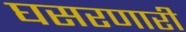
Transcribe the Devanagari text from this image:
घसरणारी